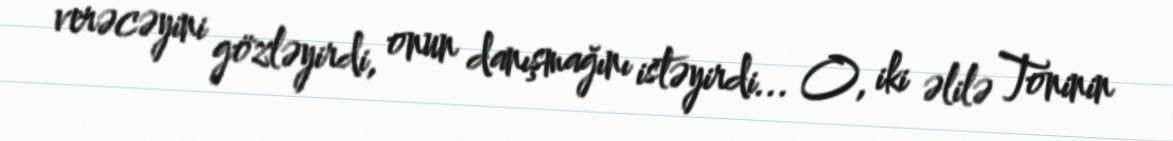
verəcəyini gözləyirdi, onun danışmağını istəyirdi... O, iki əlilə Toninin